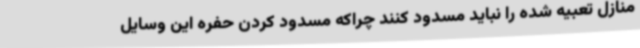
منازل تعبیه شده را نباید مسدود کنند چراکه مسدود کردن حفره این وسایل